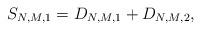
LaTeX: \begin{align*}S_{N,M,1}=D_{N,M,1}+D_{N,M,2},\end{align*}